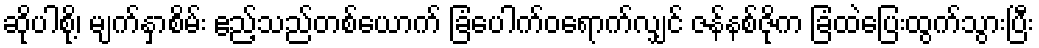
ဆိုပါစို့၊ မျက်နှာစိမ်း ဧည့်သည်တစ်ယောက် ခြံပေါက်ဝရောက်လျှင် ဇန်နစ်ဇိုက ခြံထဲပြေးထွက်သွားပြီး